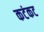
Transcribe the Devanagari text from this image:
कटंकट